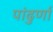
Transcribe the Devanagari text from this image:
पांढुर्णा